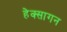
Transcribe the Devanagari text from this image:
हेक्सागन